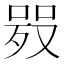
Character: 𠸅